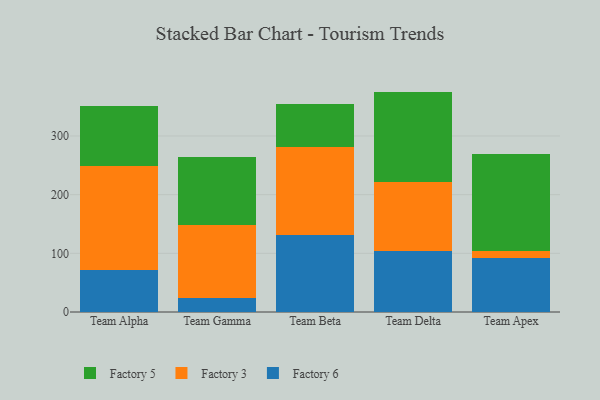
{"axis": {"x": "Team", "y": "Net Income (USD K)"}, "legend": ["Factory 3", "Factory 5", "Factory 6"], "data": [{"x": "Team Alpha", "y": 72.4, "type": "Factory 6"}, {"x": "Team Alpha", "y": 176.8, "type": "Factory 3"}, {"x": "Team Alpha", "y": 101.8, "type": "Factory 5"}, {"x": "Team Gamma", "y": 23.2, "type": "Factory 6"}, {"x": "Team Gamma", "y": 125.8, "type": "Factory 3"}, {"x": "Team Gamma", "y": 114.5, "type": "Factory 5"}, {"x": "Team Beta", "y": 131.7, "type": "Factory 6"}, {"x": "Team Beta", "y": 149.6, "type": "Factory 3"}, {"x": "Team Beta", "y": 73.5, "type": "Factory 5"}, {"x": "Team Delta", "y": 104.2, "type": "Factory 6"}, {"x": "Team Delta", "y": 117.5, "type": "Factory 3"}, {"x": "Team Delta", "y": 154.0, "type": "Factory 5"}, {"x": "Team Apex", "y": 91.6, "type": "Factory 6"}, {"x": "Team Apex", "y": 11.8, "type": "Factory 3"}, {"x": "Team Apex", "y": 165.5, "type": "Factory 5"}]}